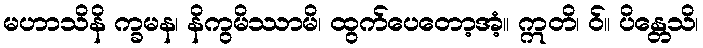
မဟာသိနိ က္ခမန၊ နိကွမိဿာမိ၊ ထွက်ပေတော့အံ့။ ဣတိ၊ ဝ်။ ပိန္တေသိ၊